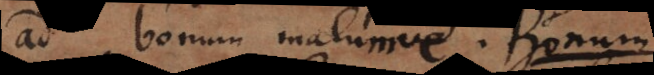
ut bonum malumve. Cum